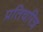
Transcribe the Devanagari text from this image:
प्रतिचरित्र